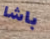
باشا